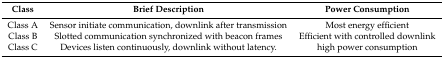
<table><thead><tr><td><b>Class</b></td><td><b>Brief Description</b></td><td><b>Power Consumption</b></td></tr></thead><tbody><tr><td>Class A</td><td>Sensor initiate communication, downlink after transmission</td><td>Most energy efficient</td></tr><tr><td>Class B</td><td>Slotted communication synchronized with beacon frames</td><td>Efficient with controlled downlink</td></tr><tr><td>Class C</td><td>Devices listen continuously, downlink without latency.</td><td>high power consumption</td></tr></tbody></table>